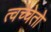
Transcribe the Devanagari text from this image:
त्वच्चेतो